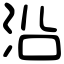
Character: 沿